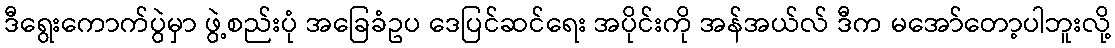
ဒီရွေးကောက်ပွဲမှာ ဖွဲ့စည်းပုံ အခြေခံဥပ ဒေပြင်ဆင်ရေး အပိုင်းကို အန်အယ်လ် ဒီက မအော်တော့ပါဘူးလို့